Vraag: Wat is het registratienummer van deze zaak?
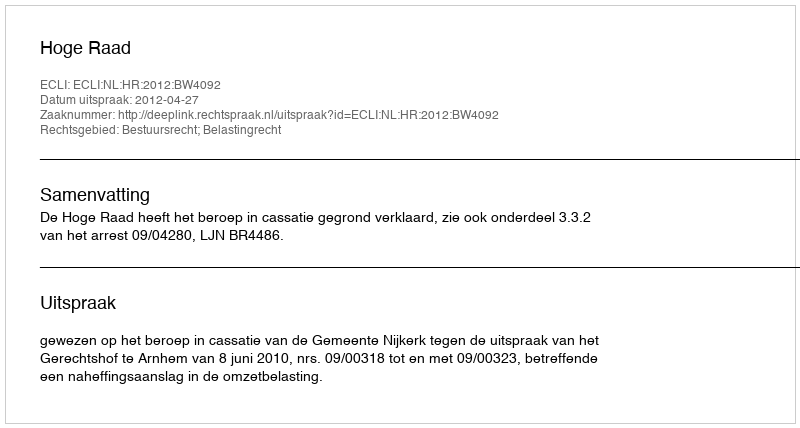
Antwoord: http://deeplink.rechtspraak.nl/uitspraak?id=ECLI:NL:HR:2012:BW4092